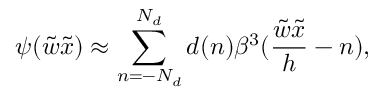
\psi ( \tilde { w } \tilde { x } ) \approx \sum _ { n = - N _ { d } } ^ { N _ { d } } d ( n ) \beta ^ { 3 } ( \frac { \tilde { w } \tilde { x } } { h } - n ) ,